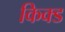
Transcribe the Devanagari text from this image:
किक्ड